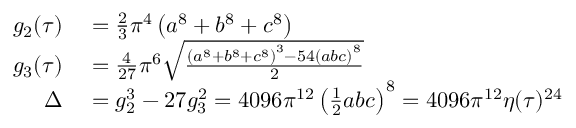
\begin{array} { r l } { g _ { 2 } ( \tau ) } & { { } = { \frac { 2 } { 3 } } \pi ^ { 4 } \left( a ^ { 8 } + b ^ { 8 } + c ^ { 8 } \right) } \\ { g _ { 3 } ( \tau ) } & { { } = { \frac { 4 } { 2 7 } } \pi ^ { 6 } { \sqrt { \frac { \left( a ^ { 8 } + b ^ { 8 } + c ^ { 8 } \right) ^ { 3 } - 5 4 \left( a b c \right) ^ { 8 } } { 2 } } } } \\ { \Delta } & { { } = g _ { 2 } ^ { 3 } - 2 7 g _ { 3 } ^ { 2 } = 4 0 9 6 \pi ^ { 1 2 } \left( { \frac { 1 } { 2 } } a b c \right) ^ { 8 } = 4 0 9 6 \pi ^ { 1 2 } \eta ( \tau ) ^ { 2 4 } } \end{array}